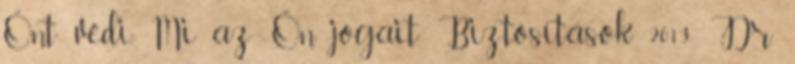
Önt védi. Mi az Ön jogait. Biztosítások 2013 Dr.